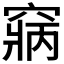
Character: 𥧃